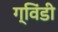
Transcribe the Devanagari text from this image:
ग्विंडी